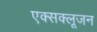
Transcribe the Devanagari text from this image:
एक्सक्लूजन